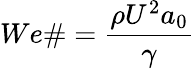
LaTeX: We\# =\frac{\rho U^{2}a_{0}}{\gamma}